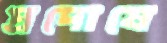
প্রদোষে